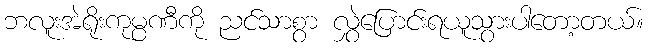
ဘလူးအဲရိုးကုမ္ပဏီကို ညင်သာစွာ လွှဲပြောင်းရယူသွားပါတော့တယ်။